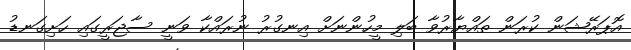
އޮޕަރޭޝަން ކުރަން ތައްޔާރުވާ ބަލި މީހުންނަށް އިނގުރު ނުރައްކާ ވަނީ ސާޖަރީގައި ހަށިގަނޑު